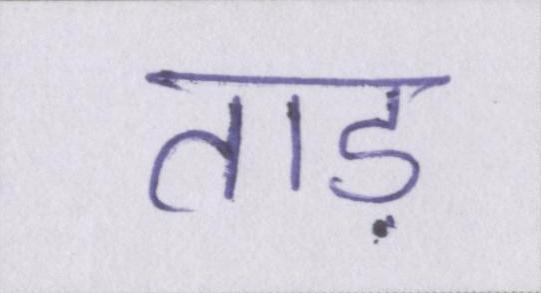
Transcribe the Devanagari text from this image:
ताड़